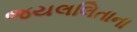
જયલલિતાના